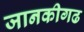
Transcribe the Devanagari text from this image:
जानकीगढ